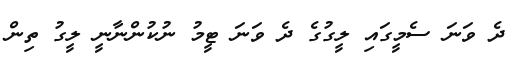
ދެ ވަނަ ސެމީގައި ލީގުގެ ދެ ވަނަ ޓީމު ނުކުންނާނީ ލީގު ތިން